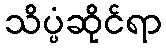
သိပ္ပံဆိုင်ရာ